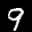
Label: 9